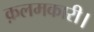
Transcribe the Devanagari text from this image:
क़लमकारी।